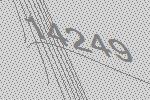
14249